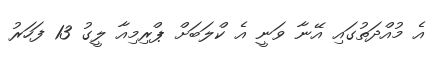
އެ މުއްދަތުގައި އޭނާ ވަނީ އެ ކްލަބަށް ޕްރިމިއާ ލީގު 13 ފަހަރު